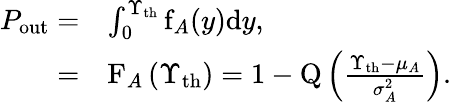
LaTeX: \begin{array}{rl}{P_{\mathrm{out}}=}&{\int_{0}^{\Upsilon_{\mathrm{th}}}\mathrm{f}_{A}(y)\mathrm{d}y,}\\ {=}&{\mathrm{F}_{A}\left(\Upsilon_{\mathrm{th}}\right)=1-\mathrm{Q}\left(\frac{\Upsilon_{\mathrm{th}}-\mu_{A}}{\sigma_{A}^{2}}\right).}\end{array}